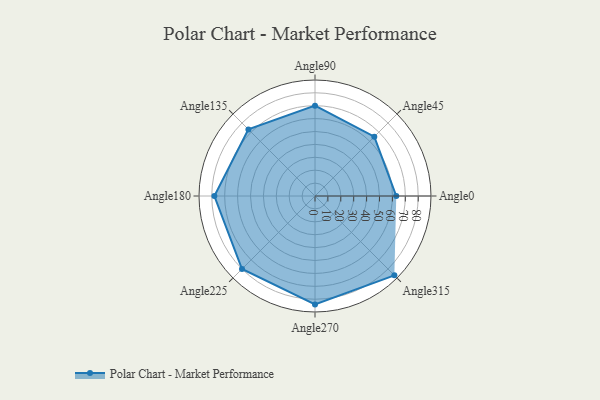
{"axis": {"x": "Angle", "y": "Radius"}, "legend": [""], "data": [{"x": "Angle0", "y": 63.0, "type": ""}, {"x": "Angle45", "y": 65.0, "type": ""}, {"x": "Angle90", "y": 70.0, "type": ""}, {"x": "Angle135", "y": 73.0, "type": ""}, {"x": "Angle180", "y": 78.0, "type": ""}, {"x": "Angle225", "y": 80.0, "type": ""}, {"x": "Angle270", "y": 84.0, "type": ""}, {"x": "Angle315", "y": 87.0, "type": ""}]}